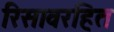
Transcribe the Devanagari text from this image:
रिसावरहित